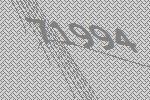
71994